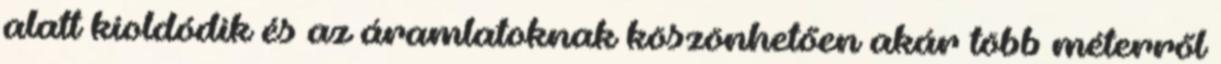
alatt kioldódik és az áramlatoknak köszönhetően akár több méterről